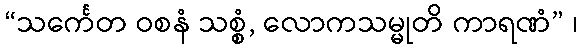
“သင်္ကေတ ဝစနံ သစ္စံ, လောကသမ္မုတိ ကာရဏံ” ၊